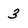
Character: 3